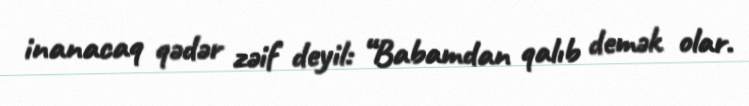
inanacaq qədər zəif deyil: “Babamdan qalıb demək olar.